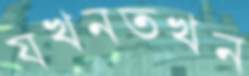
যখনতখন